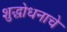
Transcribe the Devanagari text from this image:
शुद्धोधनाचे